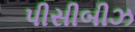
પીસીબીઝ